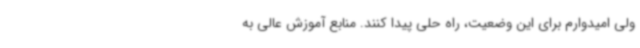
ولی امیدوارم برای این وضعیت، راه حلی پیدا کنند. منابع آموزش عالی به